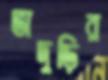
ভাদুড়ির